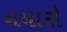
નયારો